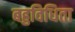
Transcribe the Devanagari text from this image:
बहुविधिता